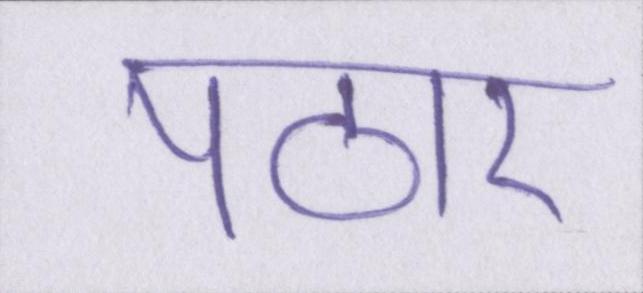
पठार